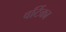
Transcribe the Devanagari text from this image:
वर्टिका